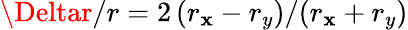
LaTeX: \Deltar/r=2\left(r_{\mathbf{x}}-r_{y}\right)/(r_{\mathbf{x}}+r_{y})